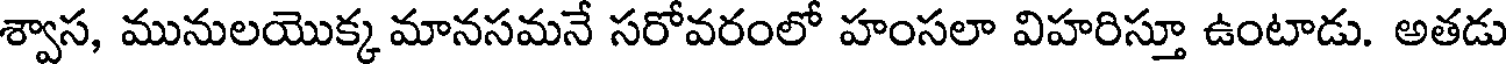
శ్వాస, మునులయొక్క మానసమనే సరోవరంలో హంసలా విహరిస్తూ ఉంటాడు. అతడు